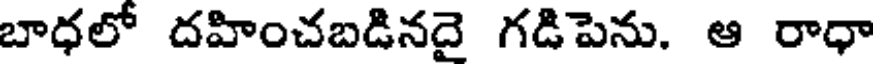
బాధలో దహించబడినదై గడిపెను. ఆ రాధా